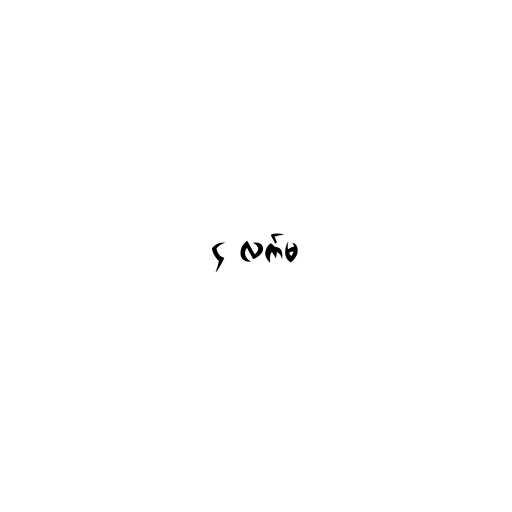
၄ လက်မ